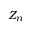
Z _ { n }